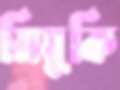
মিয়ুকি